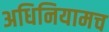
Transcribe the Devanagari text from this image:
अधिनियामच